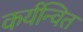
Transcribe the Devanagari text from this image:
कर्यन्वित